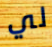
لي